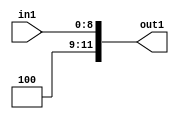
`timescale 1ps / 1ps

// Generated by Cadence Genus(TM) Synthesis Solution 17.11-s014_1
// Generated on: May  6 2021 02:36:51 CST (May  5 2021 18:36:51 UTC)

module SobelFilter_Add2iLLu9_4_0(in1, out1);
  input [8:0] in1;
  output [11:0] out1;
  wire [8:0] in1;
  wire [11:0] out1;
  assign out1[0] = in1[0];
  assign out1[1] = in1[1];
  assign out1[2] = in1[2];
  assign out1[3] = in1[3];
  assign out1[4] = in1[4];
  assign out1[5] = in1[5];
  assign out1[6] = in1[6];
  assign out1[7] = in1[7];
  assign out1[8] = in1[8];
  assign out1[9] = 1'b0;
  assign out1[10] = 1'b0;
  assign out1[11] = 1'b1;
endmodule